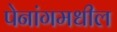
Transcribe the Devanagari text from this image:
पेनांगमधील